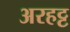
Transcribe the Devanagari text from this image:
अरहट्ट